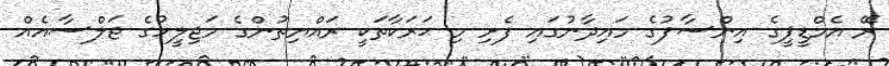
ރޭ އެމްޑީޕީގެ އިންސާފުގެ މައިދާނުގައި ފެށި މި ޙަރަކާތަކީ ރައްޔިތުންގެ މަޖިލީހުގެ ޖަލްސާއެއް